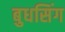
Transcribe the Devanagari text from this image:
बुधसिंग